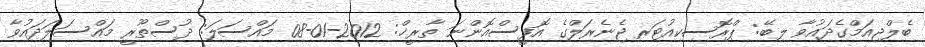
ބެލްޖިއަމްގެދައުވާ ލިބޭ: ޕްރޮސިކިއުޓަރ ޖެނެރަލްގެ އޮފީސްއޮންނަ ތާރީޚް: 2012-01-08 މައްސަލަ: ދުސްތޫރީ މައްސަލަދައުވާ